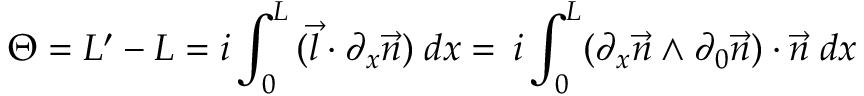
\Theta = { \cal L } ^ { \prime } - { \cal L } = i \int _ { 0 } ^ { L } \, ( \vec { l } \cdot \partial _ { x } \vec { n } ) \; d x = \, i \int _ { 0 } ^ { L } ( \partial _ { x } \vec { n } \wedge \partial _ { 0 } \vec { n } ) \cdot \vec { n } \; d x